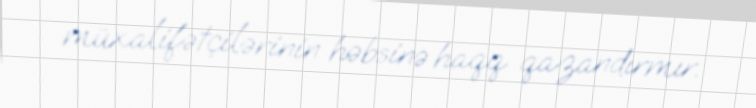
müxalifətçilərinin həbsinə haqq qazandırmır.